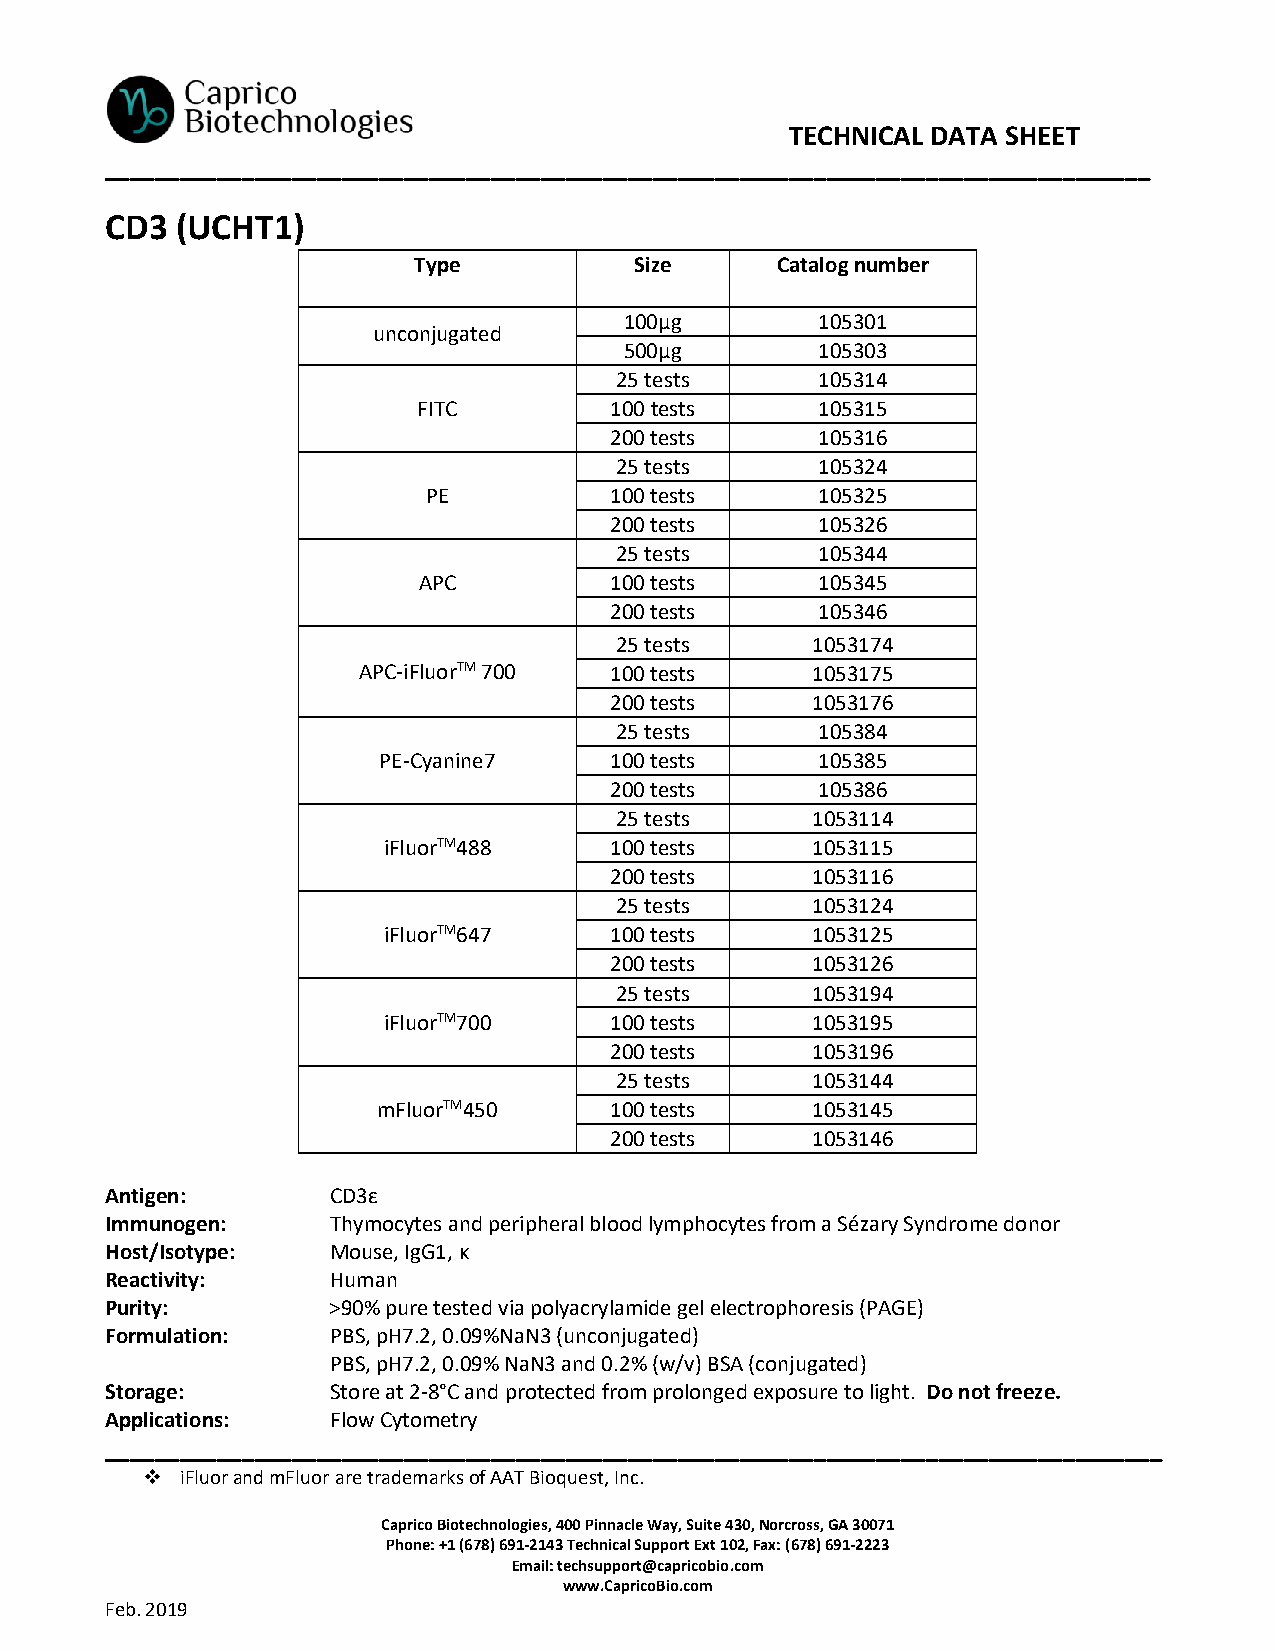
TECHNICAL DATA SHEET
 ____________________________________________________________________________________
 CD3  (UCHT1)
 Type           Size     Catalog number
 100µg        105301
 unconjugated
 500µg        105303
 25 tests     105314
 FITC        100 tests     105315
 200 tests     105316
 25 tests     105324
 PE          100 tests     105325
 200 tests     105326
 25 tests     105344
 APC         100 tests     105345
 200 tests     105346
 25 tests     1053174
 APC-iFluorTM 700 100 tests    1053175
 200 tests     1053176
 25 tests     105384
 PE-Cyanine7    100 tests     105385
 200 tests     105386
 25 tests     1053114
 iFluorTM488    100 tests     1053115
 200 tests     1053116
 25 tests     1053124
 iFluorTM647    100 tests     1053125
 200 tests     1053126
 25 tests     1053194
 iFluorTM700    100 tests     1053195
 200 tests     1053196
 25 tests     1053144
 mFluorTM450    100 tests     1053145
 200 tests     1053146
 Antigen:       CD3ε
 Immunogen:     Thymocytes and peripheral blood lymphocytes from a Sézary Syndrome donor
 Host/Isotype:  Mouse, IgG1, κ
 Reactivity:    Human
 Purity:        >90% pure tested via polyacrylamide gel electrophoresis (PAGE)
 Formulation:   PBS, pH7.2, 0.09%NaN3 (unconjugated)
 PBS, pH7.2, 0.09% NaN3 and 0.2% (w/v) BSA (conjugated)
 Storage:       Store at 2-8°C and protected from prolonged exposure to light. Do not freeze.
 Applications:  Flow Cytometry
 _____________________________________________________________________________________
 ❖  iFluor and mFluor are trademarks of AAT Bioquest, Inc.
 Caprico Biotechnologies, 400 Pinnacle Way, Suite 430, Norcross, GA 30071
 Phone: +1 (678) 691-2143 Technical Support Ext 102, Fax: (678) 691-2223
 Email: techsupport@capricobio.com
 www.CapricoBio.com
 Feb. 2019